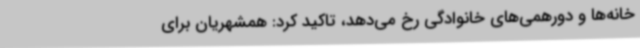
خانه‌ها و دورهمی‌های خانوادگی رخ می‌دهد، تاکید کرد: همشهریان برای